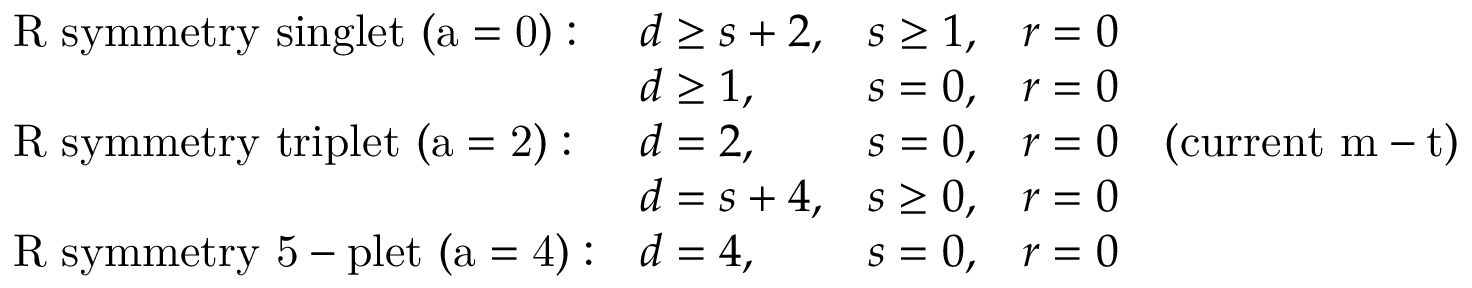
\begin{array} { l l l l } { { \mathrm { ~ R ~ s y m m e t r y ~ s i n g l e t ~ ( a = 0 ) : } } } & { { d \geq s + 2 , } } & { { s \geq 1 , } } & { { r = 0 } } \\ { { } } & { { d \geq 1 , } } & { { s = 0 , } } & { { r = 0 } } \\ { { \mathrm { ~ R ~ s y m m e t r y ~ t r i p l e t ~ ( a = 2 ) : } } } & { { d = 2 , } } & { { s = 0 , } } & { { r = 0 \quad \mathrm { ( c u r r e n t ~ m - t ) } } } \\ { { } } & { { d = s + 4 , } } & { { s \geq 0 , } } & { { r = 0 } } \\ { { \mathrm { ~ R ~ s y m m e t r y ~ 5 - p l e t ~ ( a = 4 ) : } } } & { { d = 4 , } } & { { s = 0 , } } & { { r = 0 } } \end{array}